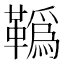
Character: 𩍇